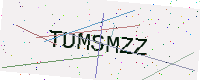
Text: TUMSMZZ